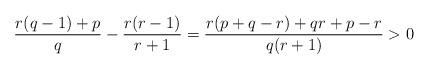
LaTeX: \begin{align*}\frac{r(q-1)+p}{q}-\frac{r(r-1)}{r+1}=\frac{r(p+q-r)+qr+p-r}{q(r+1)}>0\end{align*}